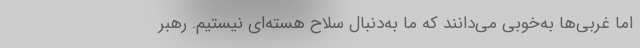
اما غربی‌ها به‌خوبی می‌دانند که ما به‌دنبال سلاح هسته‌ای نیستیم. رهبر